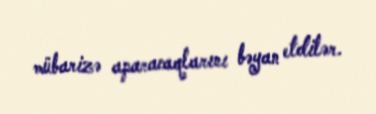
mübarizə aparacaqlarını bəyan etdilər.